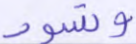
وتسود